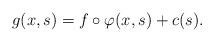
LaTeX: \begin{align*}g(x,s)=f\circ \varphi (x,s)+c(s). \end{align*}